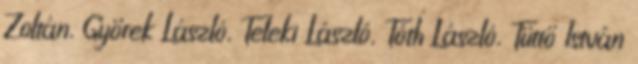
Zoltán, Györek László, Teleki László, Tóth László, Tüttő István